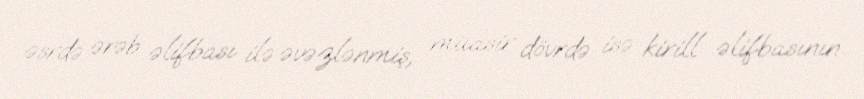
əsrdə ərəb əlifbası ilə əvəzlənmiş, müasir dövrdə isə kirill əlifbasının